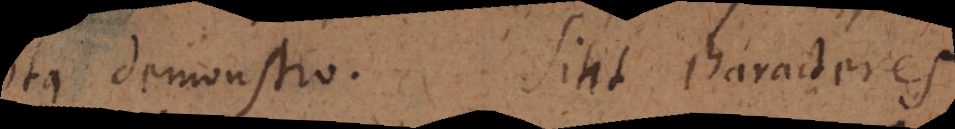
ita demonstro. Sint characteres